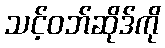
သင့်ဝဘ်ဆိုဒ်ကို